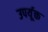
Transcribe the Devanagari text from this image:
उपर्यूक्त